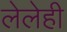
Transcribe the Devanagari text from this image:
लेलेही